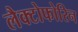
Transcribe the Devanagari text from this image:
लैक्टोफोरिन